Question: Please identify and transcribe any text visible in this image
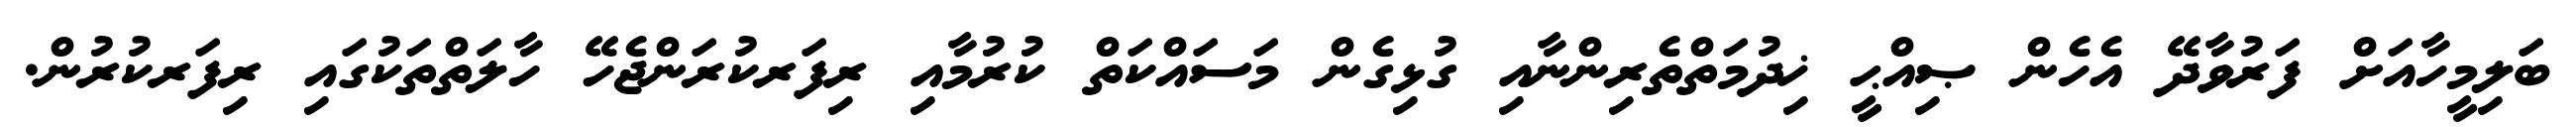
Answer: ބަލިމީހާއަށް ފަރުވާދޭ އެހެން ޞިއްޙީ ޚިދުމަތްތެރިންނާއި ގުޅިގެން މަސައްކަތް ކުރުމާއި ރިފަރކުރަންޖެހޭ ހާލަތްތަކުގައި ރިފަރކުރުން.